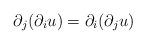
LaTeX: \begin{align*} \partial_j (\partial_i u) = \partial_i (\partial_j u)\end{align*}